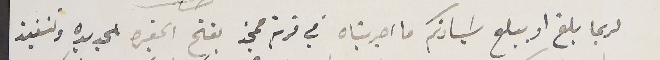
لربما بلغ او يبلغ سَيادتكم ما اجريناه في قرية ممجز بفتح المقبره الجديده وتنفيذ